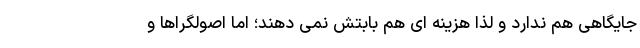
جایگاهی هم ندارد و لذا هزینه ای هم بابتش نمی دهند؛ اما اصولگراها و